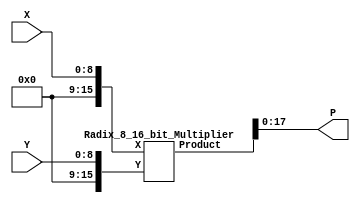
module Booth_9 (X,Y,P);
  input [8:0]X,Y;
  output [17:0]P;
  wire [15:0]Xi,Yi;  
  wire [31:0]Product;
  
  assign Xi={7'd0,X};
  assign Yi={7'd0,Y}; 
  assign P=Product[17:0];
  
  
  Radix_8_16_bit_Multiplier M0 (Xi,Yi,Product);
  
endmodule

module Radix_8_16_bit_Multiplier (X,Y,Product);
  input [15:0]X,Y;
  output [31:0]Product;
  wire [31:0]PP0,PP1,PP2,PP3,PP4,PP5;
  
  Main_PP_Block_16 Partial_Product (
    .X(X), 
    .Y(Y), 
    .PP0(PP0), 
    .PP1(PP1), 
    .PP2(PP2), 
    .PP3(PP3), 
    .PP4(PP4), 
    .PP5(PP5)
    );

Adder_Part_1 Adder_Part (
    .PP0(PP0), 
    .PP1(PP1), 
    .PP2(PP2), 
    .PP3(PP3), 
    .PP4(PP4), 
    .PP5(PP5), 
    .P(Product)
    );

endmodule


module Main_PP_Block_16 (X,Y,PP0,PP1,PP2,PP3,PP4,PP5);
  input [15:0]X,Y;
  output [31:0]PP0,PP1,PP2,PP3,PP4,PP5;
  wire [18:0]Y_N;

  assign Y_N={2'b0,Y,1'b0};
  
  SD_Booth_Encoder_PP_Block_16 SD_PP0 (
    .X(X),
    .Y(Y_N[3:0]),
    .PP(PP0)
    );
    
  SD_Booth_Encoder_PP_Block_16 SD_PP1 (
    .X(X),
    .Y(Y_N[6:3]),
    .PP(PP1)
    );    

  SD_Booth_Encoder_PP_Block_16 SD_PP2 (
    .X(X),
    .Y(Y_N[9:6]),
    .PP(PP2)
    );

  SD_Booth_Encoder_PP_Block_16 SD_PP3 (
    .X(X),
    .Y(Y_N[12:9]),
    .PP(PP3)
    );    

  SD_Booth_Encoder_PP_Block_16 SD_PP4 (
    .X(X),
    .Y(Y_N[15:12]),
    .PP(PP4)
    );    

  SD_Booth_Encoder_PP_Block_16 SD_PP5(
    .X(X),
    .Y(Y_N[18:15]),
    .PP(PP5)
    );    

endmodule

module SD_Booth_Encoder_PP_Block_16 (X,Y,PP);
  input [15:0]X;
  input [3:0]Y;
  output [31:0]PP;
  reg [31:0]PP;
  
  wire  [31:0]X_4,X_4b,X_3,X_3b,X_2,X_1,X_2b,X_1b;


  assign X_1=X*'d1;
  assign X_1b=X*-'d1;    

  assign X_2=X*'d2;
  assign X_2b=X*-'d2;    
  
  assign X_3=X*'d3;
  assign X_3b=X*-'d3;      
  
  assign X_4=X*'d4;
  assign X_4b=X*-'d4;    

  always @ (*)
  begin
  case (Y)
    4'b0000: PP=32'd0;                    
    4'b0001: PP=X_1;
    4'b0010: PP=X_1;
    4'b0011: PP=X_2;
    4'b0100: PP=X_2;
    4'b0101: PP=X_3;
    4'b0110: PP=X_3;
    4'b0111: PP=X_4;                    
    4'b1000: PP=X_4b;                    
    4'b1001: PP=X_3b;
    4'b1010: PP=X_3b;
    4'b1011: PP=X_2b;
    4'b1100: PP=X_2b;
    4'b1101: PP=X_1b;
    4'b1110: PP=X_1b;
    4'b1111: PP=32'd0;                    
  endcase
  end  
  
endmodule



module Adder_Part_1 (PP0,PP1,PP2,PP3,PP4,PP5,P);
  input [31:0]PP0;
  input [31:0]PP1;
  input [31:0]PP2;  
  input [31:0]PP3;  
  input [31:0]PP4;    
  input [31:0]PP5;    
  output [31:0]P;
  
  wire [4:0]W4,W5,W6,W7,W8,W9,W10,W11,W12,W13,W14,W15,W16,W17,W18,W19,W20,W21,W22,W23,W24,W25,W26,W27,W28,W29,W30;
  
       assign P[0]=PP0[0];
       assign P[1]=PP0[1];
       assign P[2]=PP0[2];
  assign {W3,P[3]}=PP0[3]+PP1[0];  
  assign {W4,P[4]}=PP0[4]+PP1[1]+W3;
  assign {W5,P[5]}=PP0[5]+PP1[2]+W4;
  assign {W6,P[6]}=PP0[6]+PP1[3]+PP2[0]+W5;
  assign {W7,P[7]}=PP0[7]+PP1[4]+PP2[1]+W6;        
  assign {W8,P[8]}=PP0[8]+PP1[5]+PP2[2]+W7;        
  assign {W9,P[9]}=PP0[9]+PP1[6]+PP2[3]+PP3[0]+W8;        
assign {W10,P[10]}=PP0[10]+PP1[7]+PP2[4]+PP3[1]+W9;        
assign {W11,P[11]}=PP0[11]+PP1[8]+PP2[5]+PP3[2]+W10;        
assign {W12,P[12]}=PP0[12]+PP1[9]+PP2[6]+PP3[3]+PP4[0]+W11;        
assign {W13,P[13]}=PP0[13]+PP1[10]+PP2[7]+PP3[4]+PP4[1]+W12;         
assign {W14,P[14]}=PP0[14]+PP1[11]+PP2[8]+PP3[5]+PP4[2]+W13;         
assign {W15,P[15]}=PP0[15]+PP1[12]+PP2[9]+PP3[6]+PP4[3]+PP5[0]+W14;         
assign {W16,P[16]}=PP0[16]+PP1[13]+PP2[10]+PP3[7]+PP4[4]+PP5[1]+W15;         
assign {W17,P[17]}=PP0[17]+PP1[14]+PP2[11]+PP3[8]+PP4[5]+PP5[2]+W16;         
assign {W18,P[18]}=PP0[18]+PP1[15]+PP2[12]+PP3[9]+PP4[6]+PP5[3]+W17;           
assign {W19,P[19]}=PP0[19]+PP1[16]+PP2[13]+PP3[10]+PP4[7]+PP5[4]+W18;           
assign {W20,P[20]}=PP0[20]+PP1[17]+PP2[14]+PP3[11]+PP4[8]+PP5[5]+W19;             
assign {W21,P[21]}=PP0[21]+PP1[18]+PP2[15]+PP3[12]+PP4[9]+PP5[6]+W20;             
assign {W22,P[22]}=PP0[22]+PP1[19]+PP2[16]+PP3[13]+PP4[10]+PP5[7]+W21;               
assign {W23,P[23]}=PP0[23]+PP1[20]+PP2[17]+PP3[14]+PP4[11]+PP5[8]+W22;               
assign {W24,P[24]}=PP0[24]+PP1[21]+PP2[18]+PP3[15]+PP4[12]+PP5[9]+W23;               
assign {W25,P[25]}=PP0[25]+PP1[22]+PP2[19]+PP3[16]+PP4[13]+PP5[10]+W24;                 
assign {W26,P[26]}=PP0[26]+PP1[23]+PP2[20]+PP3[17]+PP4[14]+PP5[11]+W25;                 
assign {W27,P[27]}=PP0[27]+PP1[24]+PP2[21]+PP3[18]+PP4[15]+PP5[12]+W26;                   
assign {W28,P[28]}=PP0[28]+PP1[25]+PP2[22]+PP3[19]+PP4[16]+PP5[13]+W27;                   
assign {W29,P[29]}=PP0[29]+PP1[26]+PP2[23]+PP3[20]+PP4[17]+PP5[14]+W28;                   
assign {W30,P[30]}=PP0[30]+PP1[27]+PP2[24]+PP3[21]+PP4[18]+PP5[15]+W29;                   
assign {W31,P[31]}=PP0[31]+PP1[28]+PP2[25]+PP3[22]+PP4[19]+PP5[16]+W30;                   

endmodule


module ECW (PP0,PP1,PP2,PP3,PP4,PP5,New_PP0,New_PP1,New_PP2,New_PP3,New_PP4,New_PP5);
  input [16:0]PP0,PP1,PP2,PP3,PP4,PP5;
  output [20:0]New_PP0;
  output [19:0]New_PP1;
  output [19:0]New_PP2;  
  output [19:0]New_PP3;  
  output [18:0]New_PP4;    
  output [16:0]New_PP5;    
  
  
  assign New_PP0={~PP0[16],PP0[16],PP0[16],PP0[16],PP0};
  assign New_PP1={1'b1,1'b1,~PP1[16],PP1};
  assign New_PP2={1'b1,1'b1,~PP2[16],PP2};
  assign New_PP3={1'b1,1'b1,~PP3[16],PP3};  
  assign New_PP4={1'b1,~PP2[16],PP4};  
  assign New_PP5=PP5;  
  
endmodule